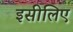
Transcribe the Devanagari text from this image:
इसीलिए